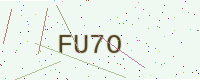
Text: FU7O